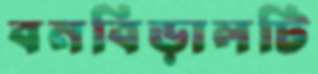
বনবিড়ালটি